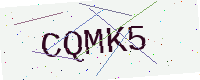
Text: CQMK5